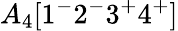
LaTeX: A_{4}[1^{-}2^{-}3^{+}4^{+}]